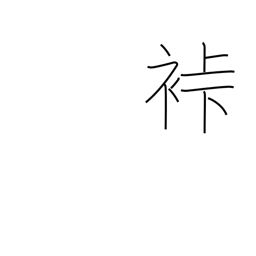
Meaning: samurai garb